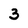
Character: 3